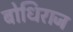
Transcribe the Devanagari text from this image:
बोधिराज